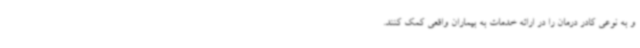
و به نوعی کادر درمان را در ارائه خدمات به بیماران واقعی کمک کنند.